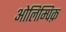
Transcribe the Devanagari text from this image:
ओलिम्पिक़